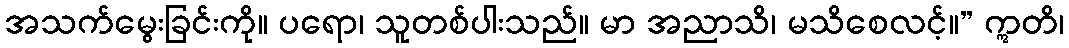
အသက်မွေးခြင်းကို။ ပရော၊ သူတစ်ပါးသည်။ မာ အညာသိ၊ မသိစေလင့်။” ဣတိ၊